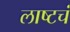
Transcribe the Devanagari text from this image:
लाष्टचं